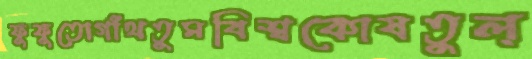
ফুফুতোগাঁথতুমবিশ্বকোষতুল্